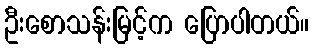
ဦးစောသန်းမြင့်က ပြောပါတယ်။